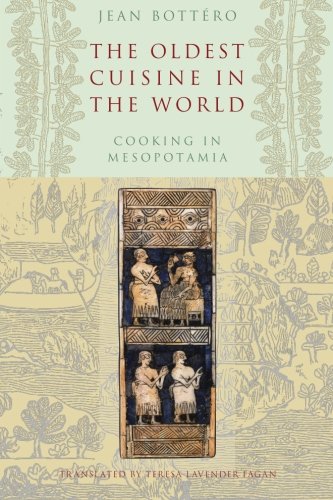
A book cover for The Oldest Cuisine in the World: Cooking in Mesopotamia; Jean BottÃ©ro; History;